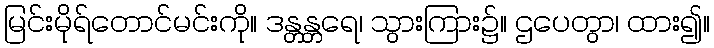
မြင်းမိုရ်တောင်မင်းကို။ ဒန္တန္တရေ၊ သွားကြား၌။ ဌပေတွာ၊ ထား၍။